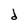
Character: d